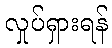
လှုပ်ရှားရန်